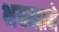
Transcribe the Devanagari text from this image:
भयखाने